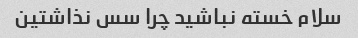
سلام خسته نباشید چرا سس نذاشتین